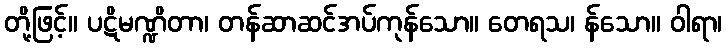
တို့ဖြင့်။ ပဋိမဏ္ဍိတာ၊ တန်ဆာဆင်အပ်ကုန်သော။ တေရသ၊ န်သော။ ဝါရာ၊